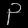
Digit: ၃